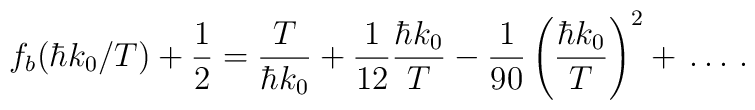
f_{b}(\hbar k_{0}/T) +\frac{1}{2} = \frac{T}{\hbar k_{0}} + \frac{1}{12} \frac{\hbar k_{0}}{T} -\frac{1}{90} \left(\frac{\hbar k_{0}}{T}\right)^{2} + \, \ldots \, .